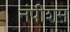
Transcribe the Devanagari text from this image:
नंपीशम